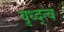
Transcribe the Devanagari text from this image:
वृध्द्त्व